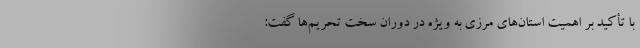
با تأکید بر اهمیت استان‌های مرزی به ویژه در دوران سخت تحریم‌ها گفت: